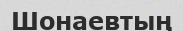
Шонаевтың